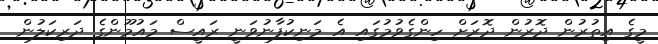
މީގެ އިތުރުން ދޮރުން ދޮރަށް ހިންގެވުމުގައި އެ މަނިކުފާނުވަނީ ރައީސް މައުމޫންގެ ދަރިކަލުން